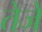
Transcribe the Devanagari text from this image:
तेजे